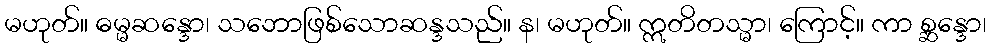
မဟုတ်။ ဓမ္မဆန္ဒော၊ သဘောဖြစ်သောဆန္ဒသည်။ န၊ မဟုတ်။ ဣတိတသ္မာ၊ ကြောင့်။ ကာ စ္ဆန္ဒော၊